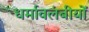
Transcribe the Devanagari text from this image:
धर्मावलंबीयों